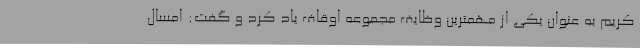
کریم به عنوان یکی از مهمترین وظایف مجموعه اوقاف یاد کرد و گفت: امسال